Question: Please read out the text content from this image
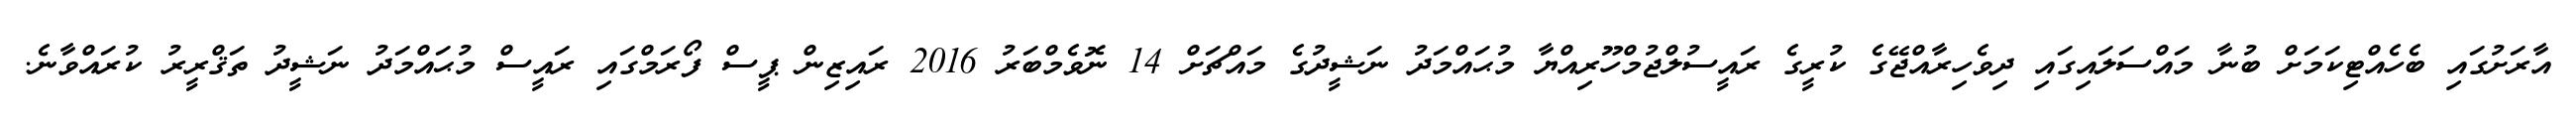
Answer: އާރަށުގައި ބެހެއްޓިކަމަށް ބުނާ މައްސަލައިގައި ދިވެހިރާއްޖޭގެ ކުރީގެ ރައީސުލްޖުމްހޫރިއްޔާ މުޙައްމަދު ނަޝީދުގެ މައްޗަށް 14 ނޮވެމްބަރު 2016 ރައިޒިން ޕީސް ފޯރަމްގައި ރައީސް މުޙައްމަދު ނަޝީދު ތަޤްރީރު ކުރައްވާނެ.